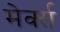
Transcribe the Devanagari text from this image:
मेर्क्स